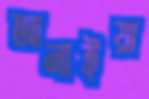
আনাইয়া